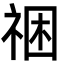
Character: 祵